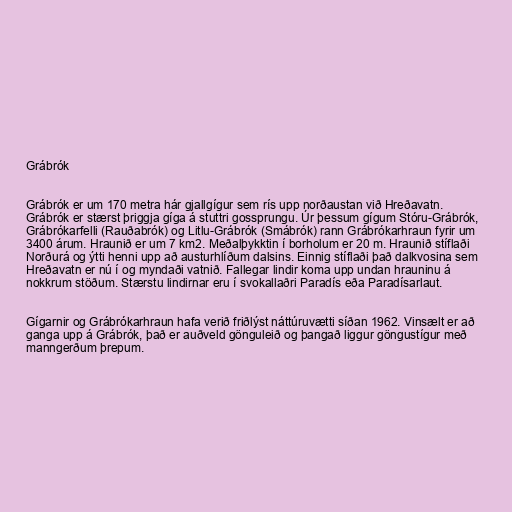
Grábrók

Grábrók er um 170 metra hár gjallgígur sem rís upp norðaustan við Hreðavatn.
Grábrók er stærst þriggja gíga á stuttri gossprungu. Úr þessum gígum Stóru-Grábrók,
Grábrókarfelli (Rauðabrók) og Litlu-Grábrók (Smábrók) rann Grábrókarhraun fyrir um
3400 árum. Hraunið er um 7 km2. Meðalþykktin í borholum er 20 m. Hraunið stíflaði
Norðurá og ýtti henni upp að austurhlíðum dalsins. Einnig stíflaði það dalkvosina sem
Hreðavatn er nú í og myndaði vatnið. Fallegar lindir koma upp undan hrauninu á
nokkrum stöðum. Stærstu lindirnar eru í svokallaðri Paradís eða Paradísarlaut.

Gígarnir og Grábrókarhraun hafa verið friðlýst náttúruvætti síðan 1962. Vinsælt er að
ganga upp á Grábrók, það er auðveld gönguleið og þangað liggur göngustígur með
manngerðum þrepum.